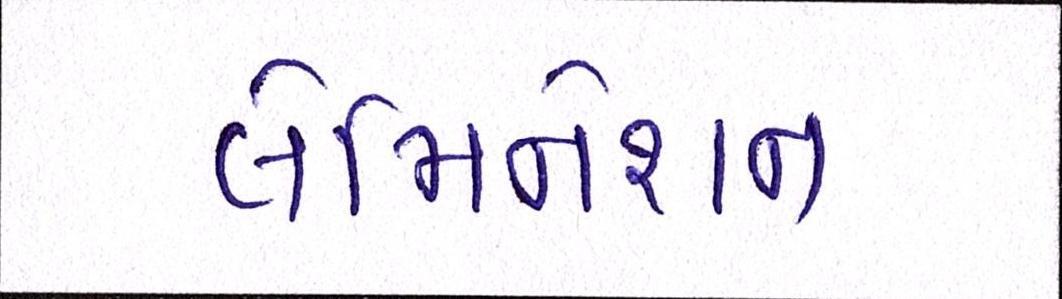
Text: લેમિનેશન